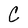
Character: C